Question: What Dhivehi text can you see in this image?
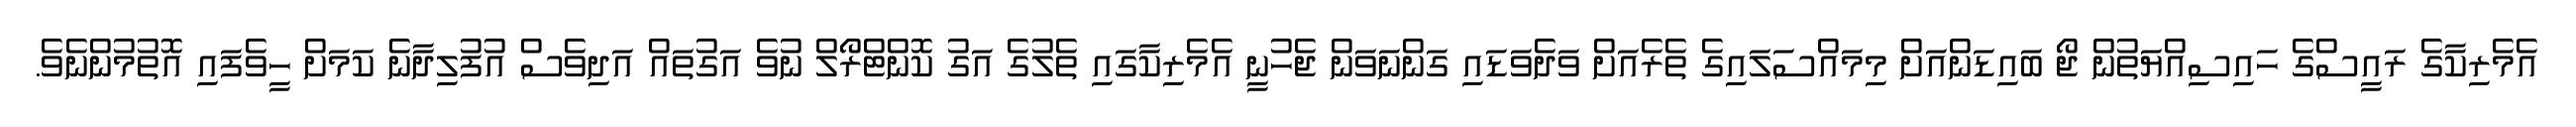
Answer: އެމެރިކާގެ ރައީސްގެ ހައިސިއްޔަތުން ޖޯ ބައިޑަންއަށް މިމައްސަލައިގެ ތެރެއަށް ވަދެވަޑައި ގަންނަވަން ޖެހުނީ އެމެރިކާގައި ތެލުގެ އަގު ކޮންޓްރޯލް ނުވެ އަގުތައް އަދިވެސް އުފުލިދާނެ ކަމަށް ހީވެފައި އޮތުމުންނެވެ.